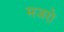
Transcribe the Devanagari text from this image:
मजरो